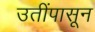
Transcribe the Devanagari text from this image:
उतींपासून